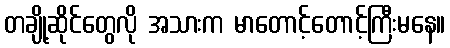
တချို့ဆိုင်တွေလို အသားက မာတောင့်တောင့်ကြီးမနေ။